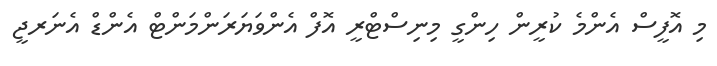
މި އޮފީސް އެންމެ ކުރީން ހިންގީ މިނިސްޓްރީ އޮފް އެންވަޔަރަންމަންޓް އެންޑް އެނަރޖީ